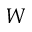
\boldsymbol { W }